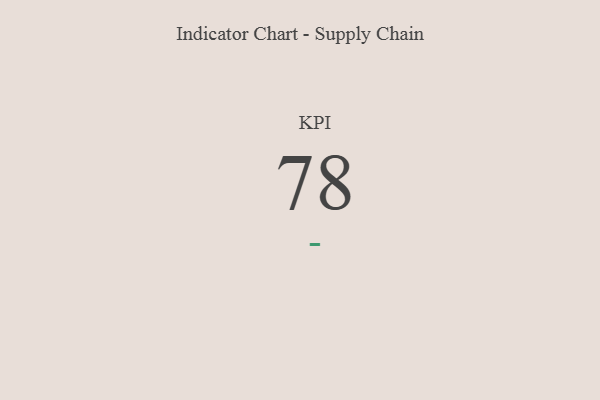
{"axis": {"x": "KPI", "y": "Value"}, "legend": [""], "data": [{"x": "KPI", "y": 78, "type": ""}]}